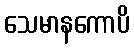
သေမာနကောပိ